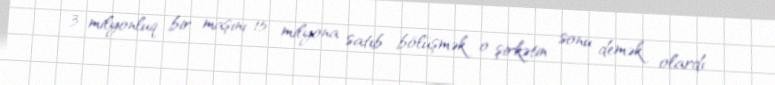
3 milyonluq bir maşını 15 milyona satıb bölüşmək o şirkətin sonu demək olardı